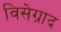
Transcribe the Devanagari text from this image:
विसेग्राद